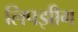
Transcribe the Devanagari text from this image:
लिपझीग